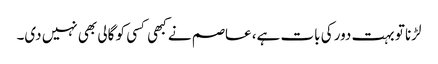
لڑنا تو بہت دور کی بات ہے، عاصم نے کبھی کسی کو گالی بھی نہیں دی۔